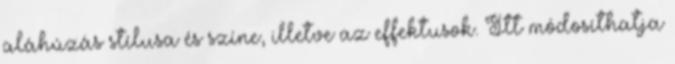
aláhúzás stílusa és színe, illetve az effektusok. Itt módosíthatja